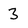
Character: 3